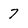
Character: 7